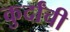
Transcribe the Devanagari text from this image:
कुर्दांची